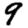
Digit: 9